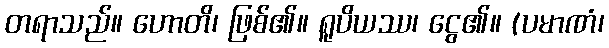
တရာသည်။ ဟောတိ၊ ဖြစ်၏။ ရူပိယဿ၊ ငွေ၏။ (ပမာဏံ၊